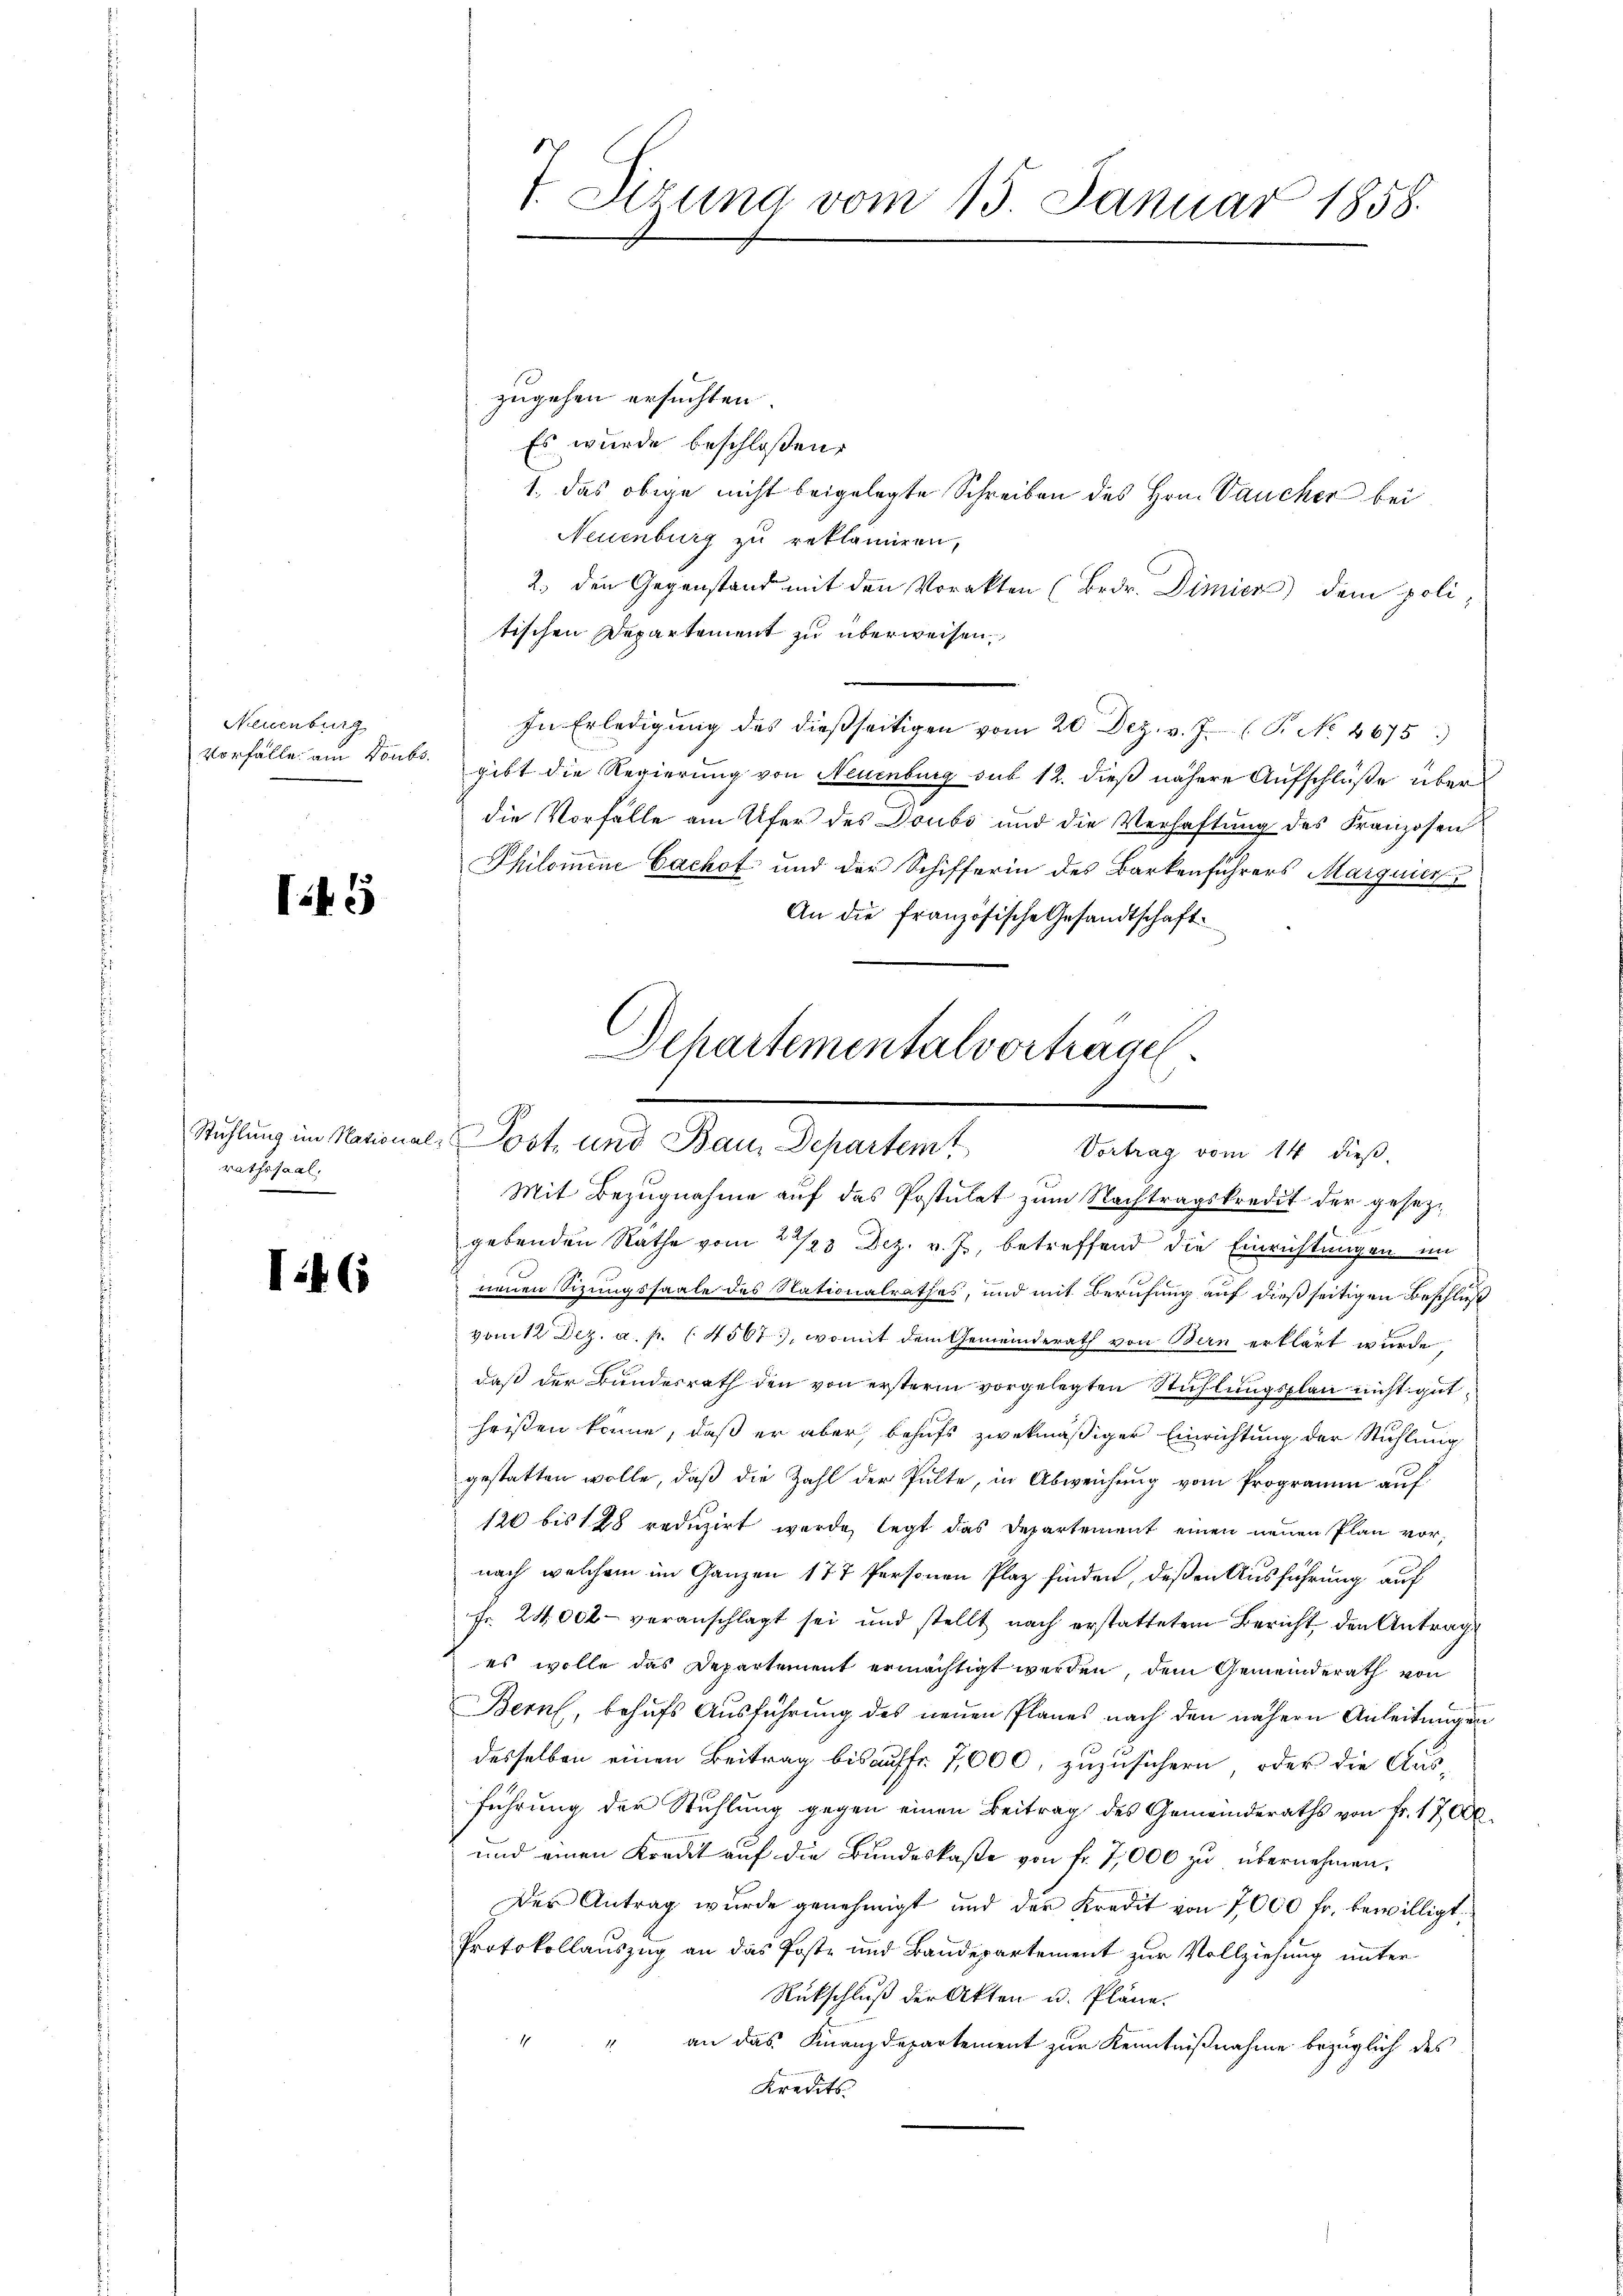
Neuenburg
Vorfalle am Doubs

.45

rathssaal.

T.46

t. Sizung vom 15. Januar 1858.

zugehen ersuchten.
Es wurde beschloßen:
1. Das obige nicht beigelegte Schreiben des Hrn. Vaucher bei
Neuenburg zu reklamiren,
2. den Gegenstand mit den Vorakten (Bedr. Dimier) dem politischen Departement zu überweisen,
In Erledigung des dießseitigen vom 20 Dez. v. J. P. No. 4675)
gibt die Regierung von Neuenburg sub 12. dieß nähere Aufschlüße über
die Vorfälle am Ufer des Doubs und die Verhaftung des Franzosen
Philomene Cachof und der Schifferin des Barkenführers Marguier
An die französische Gesandtschaft

Schartementalvortragel
I
Stuhlung im National-Post und Bau, Departem Vortrag vom 14. dieβ.
Mit Bezugnahme auf das Postulat zum Nachtragskredit der gesetzt

gebenden Rathe vom 22/23 Dez. v. J., betreffend die Einrichtungen im
nenen Sizungssaale des Nationalrathes, und mit Berufung auf dießseitigen Beschluß
vom 12 Dez. a. p. 145673, womit dem Gemeinderath von Bern erklärt wurde,
daß der Bundesrath den von ersterm vorgelegten Stühlungsplan nicht gutheißen könne, daß er aber, behufs zwekmäßiger Einrichtung der Stuhlung
gestatten wolle, daß die Zahl der Pulte, in Abweichung vom Programm auf
120 bis 128 reduzirt wurde, legt das Departement einen neuen Plan vornach welchem im Ganzen 177 Personen Plaz finden, deßen Ausführung auf
Fr. 24,000 veranschlagt sei und stellt nach erstattetem Bericht den Antrags
es wolle das Departement ermächtigt werden, dem Gemeinderath von
Bern, behufs Ausführung des neuen Planes nach den nähern Anleitungen
desselben einen Beitrag bis auffr. 7,000, zuzusichern, oder die Aus-
führung der Stuhlung gegen einen Beitrag des Gemeinderaths von Fr. 1700
und einen Kredit auf die Bundeskaße von fr. 7,000 zu übernehmen.
Der Antrag wurde genehmigt und der Kredit von 7000 fr. bewilligt:
Protokollauszug an das Poste und Baudepartement zur Vollziehung unter
Rückschluß der Akten u. Pläne.
" " an das Finanzdepartement zur Kenntnißnahme bezüglich des
Kredits.